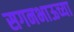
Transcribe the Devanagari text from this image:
सगनभाऊच्या